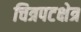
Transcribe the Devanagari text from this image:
चित्रपटक्षेत्र